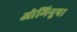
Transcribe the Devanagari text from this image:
ओमिनुषा